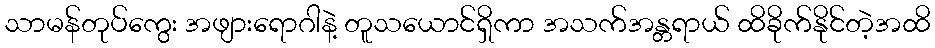
သာမန်တုပ်ကွေး အဖျားရောဂါနဲ့ တူသယောင်ရှိကာ အသက်အန္တရာယ် ထိခိုက်နိုင်တဲ့အထိ